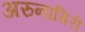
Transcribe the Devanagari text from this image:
अरुनागिरी